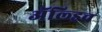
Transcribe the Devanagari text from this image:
ॲल्ड्रिच